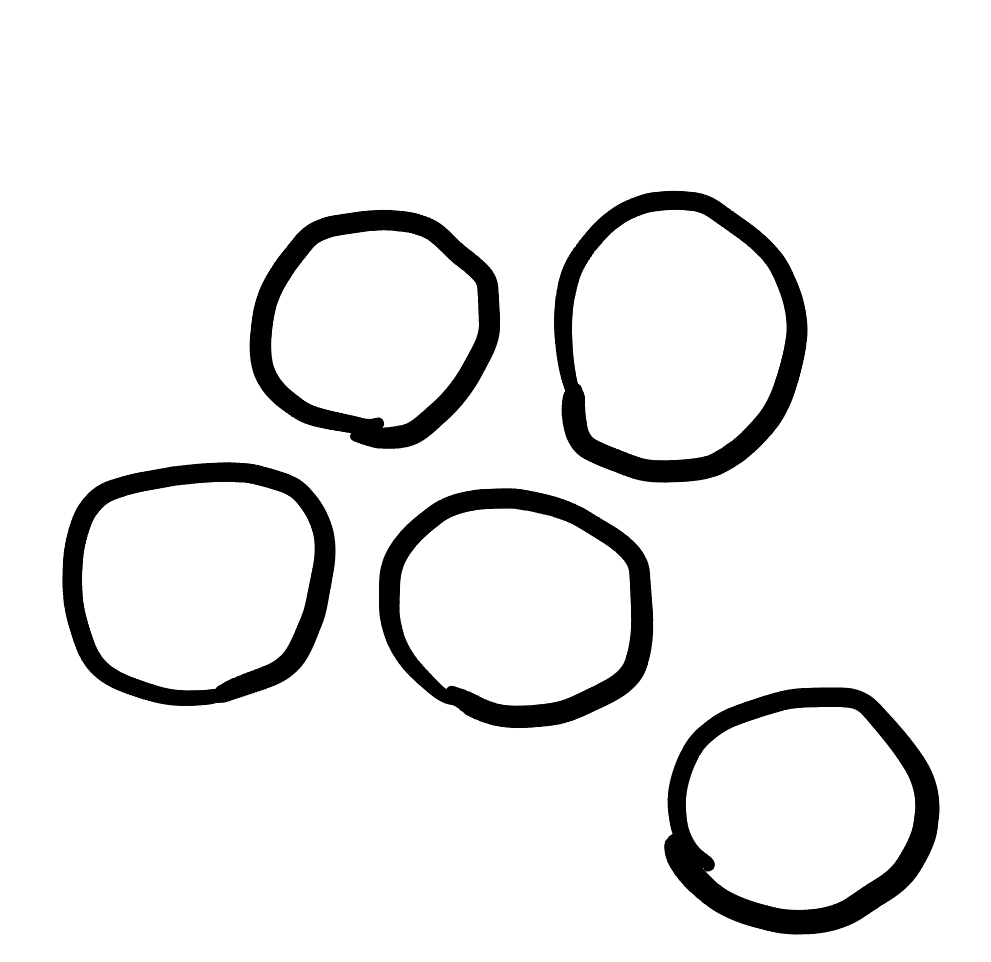
Number of regions (including the outer root region): 6
Containment tree edges (parent, child): 0, 1, 0, 2, 0, 3, 0, 4, 0, 5